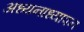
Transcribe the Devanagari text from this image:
अध्यनाध्यापन